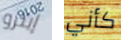
إينزو كأني